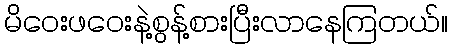
မိဝေးဖဝေးနဲ့စွန့်စားပြီးလာနေကြတယ်။